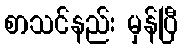
စာသင်နည်း မှန်ပြီ